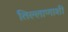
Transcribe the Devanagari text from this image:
तिल्लाणाशी